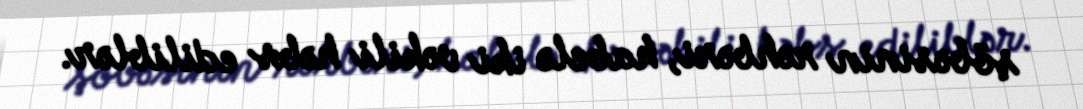
şöbəsinin rəhbəri, habelə iki vəkili həbs ediliblər.